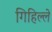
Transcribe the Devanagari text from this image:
गिहिल्ले